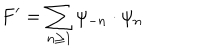
F ^ { \prime } = \sum _ { n \geq 1 } \psi _ { - n } \cdot \psi _ { n }